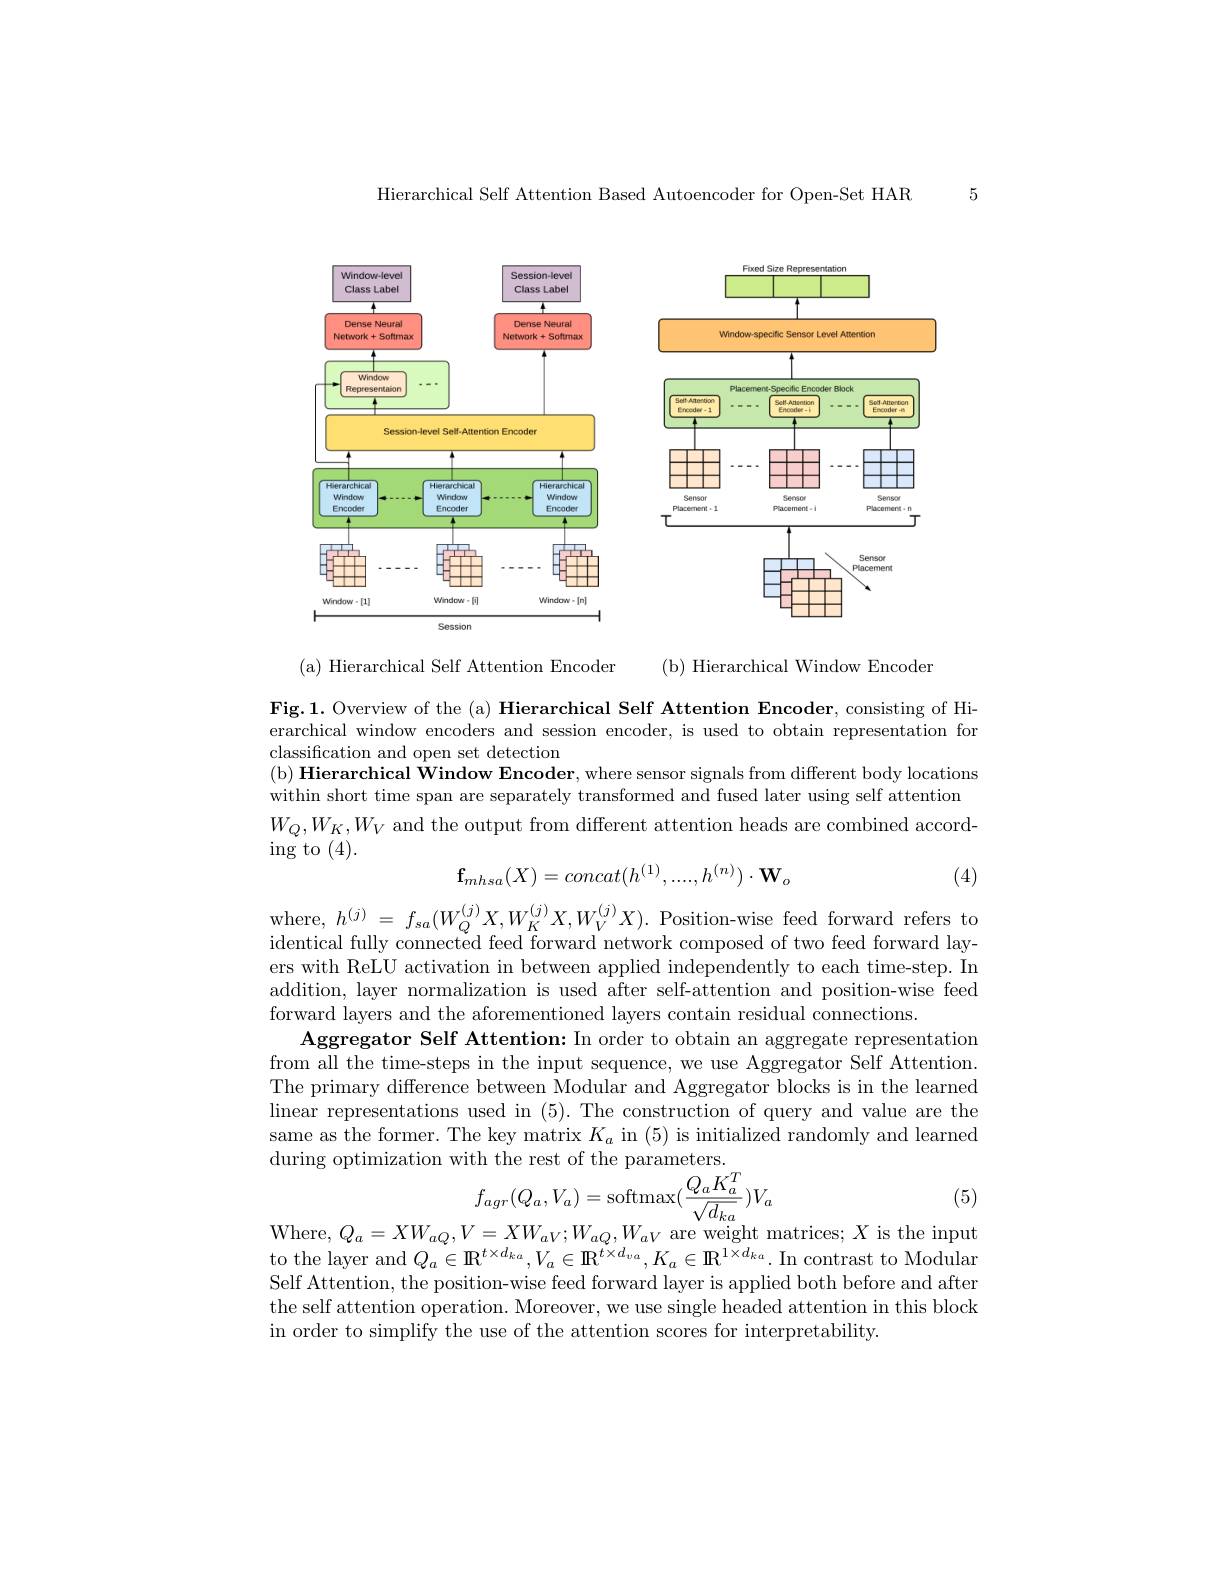
5

Hierarchical Self Attention Based Autoencoder for Open-Set HAR

<FigureHere>

( b) Hierarchical Window Encoder

(a) Hierarchical Self Attention Encoder

Fig.1. Overview of the (a) Hierarchical Self Attention Encoder, consisting of Hierarchical window encoders and session encoder, is used to obtain representation for classification and open set detection
( b) Hierarchical Window Encoder, where sensor signals from different body locations
within short time span are separately transformed and fused later using self attention
$W_{Q},W_{K},W_{V}$ and the output from different attention heads are combined accord-
$\operatorname{ing}$to(4).

(4)
$$\mathbf{f}_{mhsa}(X)=concat(h^{(1)},....,h^{(n)})\cdot\mathbf{W}_{o}$$
where, $h^{(j)}=f_{sa}(W_Q^{(j)}X,W_K^{(j)}X,W_V^{(j)}X).$ Position-wise feed forward refers to

identical fully connected feed forward network composed of two feed forward layers with ReLU activation in between applied independently to each time-step. In addition, layer normalization is used after self-attention and position-wise feed forward layers and the aforementioned layers contain residual connections.
Aggregator Self Attention: In order to obtain an aggregate representation from all the time-steps in the input sequence, we use Aggregator Self Attention. The primary difference between Modular and Aggregator blocks is in the learned linear representations used in (5). The construction of query and value are the same as the former. The key matrix $K_a$ in (5) is initialized randomly and learned during optimization with the rest of the parameters.
$$f_{agr}(Q_{a},V_{a})=\mathrm{softmax}(\frac{Q_{a}K_{a}^{T}}{\sqrt{d_{ka}}})V_{a}$$
(5)

Where, $Q_a=XW_{aQ},V=XW_{aV};W_{aQ},W_{aV}$ are weight matrices; $X$ is the input

to the layer and $Q_{a}\in\mathbb{R}^{t\times d_{ka}},V_{a}\in\mathbb{R}^{t\times d_{va}},K_{a}\in\mathbb{R}^{1\times d_{ka}}.$ In contrast to Modulan Self Attention, the position-wise feed forward layer is applied both before and after the self attention operation. Moreover, we use single headed attention in this block in order to simplify the use of the attention scores for interpretability.